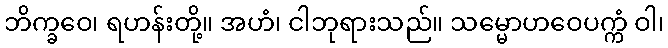
ဘိက္ခဝေ၊ ရဟန်းတို့။ အဟံ၊ ငါဘုရားသည်။ သမ္မောဟဝေပက္ကံ ဝါ၊